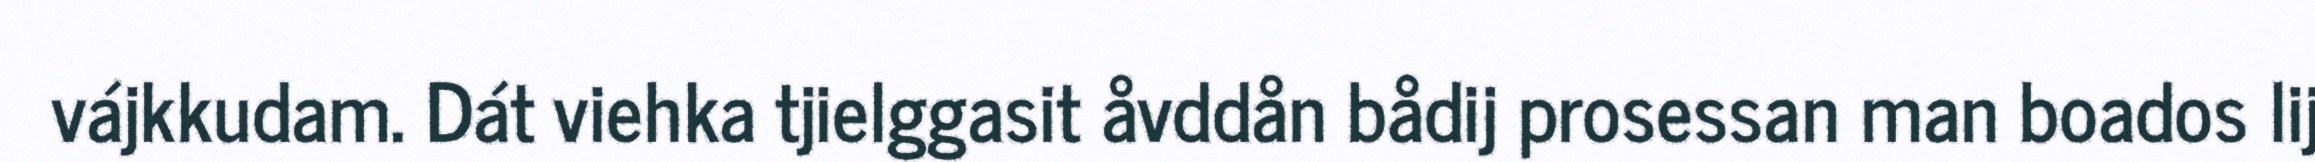
vájkkudam. Dát viehka tjielggasit åvddån bådij prosessan man boados lij